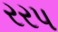
રરપ